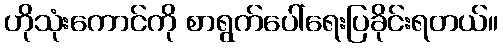
ဟိုသုံးကောင်ကို စာရွက်ပေါ်ရေးပြခိုင်းရတယ်။